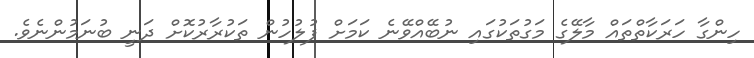
ހިންގާ ހަރަކާތްތައް މާލޭގެ މަގުތަކުގައި ނުބޭއްވޭނެ ކަމަށް ފުލުހުން ތަކުރާރުކޮށް ދަނީ ބުނަމުންނެވެ.